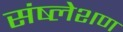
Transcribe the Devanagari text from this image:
संष्लेशण